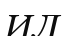
ИЛ